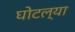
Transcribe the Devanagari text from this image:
घोटल्या